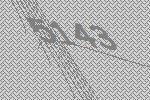
5143